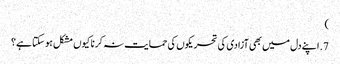
‏)‏
7.‏ اپنے دل میں بھی آزادی کی تحریکوں کی حمایت نہ کرنا کیوں مشکل ہو سکتا ہے؟